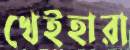
খেইহারা